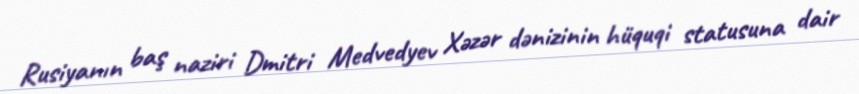
Rusiyanın baş naziri Dmitri Medvedyev Xəzər dənizinin hüquqi statusuna dair